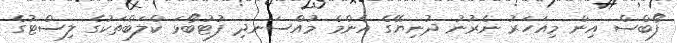
ފޯބްސް އިން މިއަހަރު ނެރުނު ދުނިޔޭގެ އެންމެ މުއްސަނދި ފުޓުބޯޅަ ކްލަބްތަކުގެ ލިސްޓުގެ